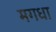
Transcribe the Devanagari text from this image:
मगधा